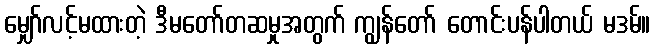
မျှော်လင့်မထားတဲ့ ဒီမတော်တဆမှုအတွက် ကျွန်တော် တောင်းပန်ပါတယ် မဒမ်။